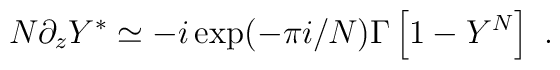
N\partial_z Y^*\simeq-i\exp(-\pi i/N)\Gamma\left[1-Y^N\right]~.